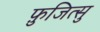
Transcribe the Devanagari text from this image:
फ़ुजित्सु